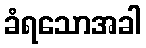
ခံရသောအခါ